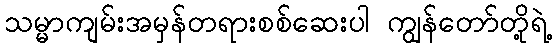
သမ္မာကျမ်းအမှန်တရားစစ်ဆေးပါ ကျွန်တော်တို့ရဲ့